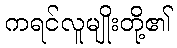
ကရင်လူမျိုးတို့၏